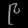
Digit: ၉